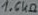
Text: 1.6KΩ